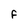
Character: F